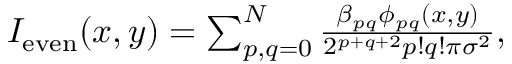
\begin{array} { r } { I _ { \mathrm { e v e n } } ( x , y ) = \sum _ { p , q = 0 } ^ { N } \frac { \beta _ { p q } \phi _ { p q } ( x , y ) } { 2 ^ { p + q + 2 } p ! q ! \pi \sigma ^ { 2 } } , } \end{array}